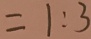
= 1 : 3